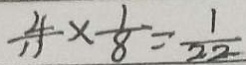
\frac { 4 } { 1 1 } \times \frac { 1 } { 8 } = \frac { 1 } { 2 2 }